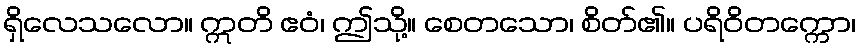
ရှိလေသလော။ ဣတိ ဧဝံ၊ ဤသို့။ စေတသော၊ စိတ်၏။ ပရိဝိတက္ကော၊